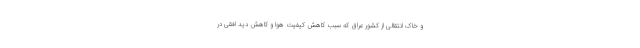
و خاک انتقالی از کشور عراق که سبب کاهش کیفیت هوا و کاهش دید افقی در